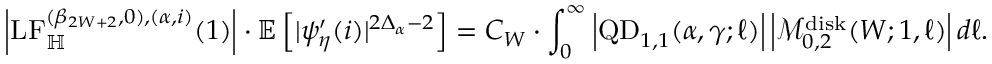
\left| \mathrm { L F } _ { \mathbb H } ^ { ( \beta _ { 2 W + 2 } , 0 ) , ( \alpha , i ) } ( 1 ) \right| \cdot \mathbb E \left[ | \psi _ { \eta } ^ { \prime } ( i ) | ^ { 2 \Delta _ { \alpha } - 2 } \right] = C _ { W } \cdot \int _ { 0 } ^ { \infty } \left| \mathrm { Q D } _ { 1 , 1 } ( \alpha , \gamma ; \ell ) \right| \left| \mathcal M _ { 0 , 2 } ^ { \mathrm { d i s k } } ( W ; 1 , \ell ) \right| d \ell .